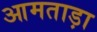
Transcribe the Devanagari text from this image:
आमताड़ा